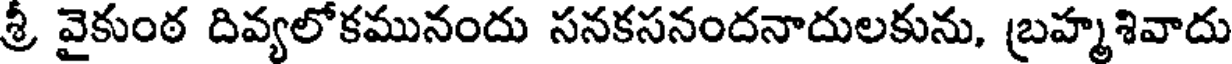
శ్రీ వైకుంఠ దివ్యలోకమునందు సనకసనందనాదులకును, బ్రహ్మశివాదు